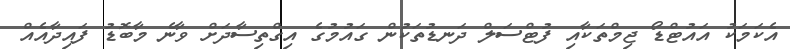
އެކަމަކު އައުޓްޑޯ ޖިމްތަކާއި ފުޓްސަލް ދަނޑުތަކުން ގައުމުގެ އިގްތިސާދަށް ވާނެ މާބޮޑު ފައިދާއެއް